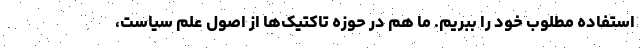
استفاده مطلوب خود را ببریم. ما هم در حوزه تاکتیک‌ها از اصول علم سیاست،